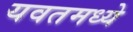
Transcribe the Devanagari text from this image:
यवतमध्ये